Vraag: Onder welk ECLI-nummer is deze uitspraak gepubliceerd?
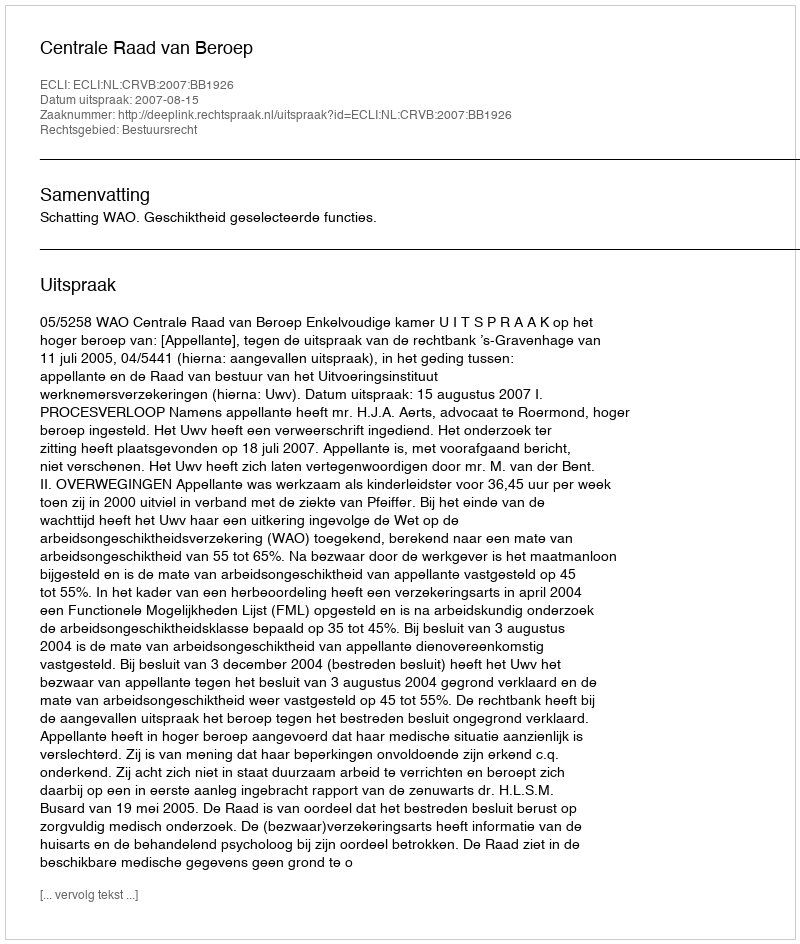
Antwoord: ECLI:NL:CRVB:2007:BB1926